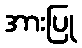
အားပြု